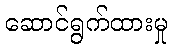
ဆောင်ရွက်ထားမှု